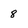
Character: 8